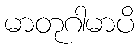
မာတုဂါမာပိ